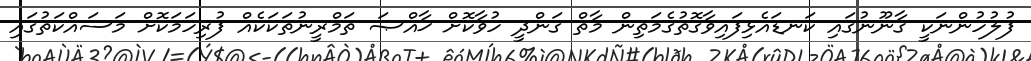
ފުލުހުންނަކީ ޤާނޫނުގައި ކަނޑައެޅިފައިވާގޮތުގެމަތިން މާތް ގަންދީ ހުވާކޮށް ޚާއްޞަ ތަމްރީނުތަކަކެއް ފުރިހަމަކޮށް މަސައްކަތުގައި